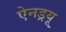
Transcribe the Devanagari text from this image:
ऐनड्रयू